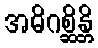
အဓိဂစ္ဆိန္တိ